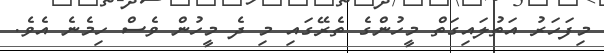
މިފަހަރު އަތުލައިގަތް މީހުންގެ ތެރޭގައި މި ދެ މީހުން ވެސް ހިމެނެ އެވެ.